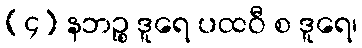
(၄) နဘဉ္စ ဒူရေ ပထဝီ စ ဒူရေ၊